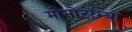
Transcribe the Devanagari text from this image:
मोमोटॉम्बो